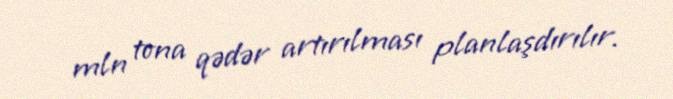
mln tona qədər artırılması planlaşdırılır.